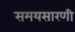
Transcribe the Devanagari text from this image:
समयसारणी